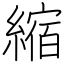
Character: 縮